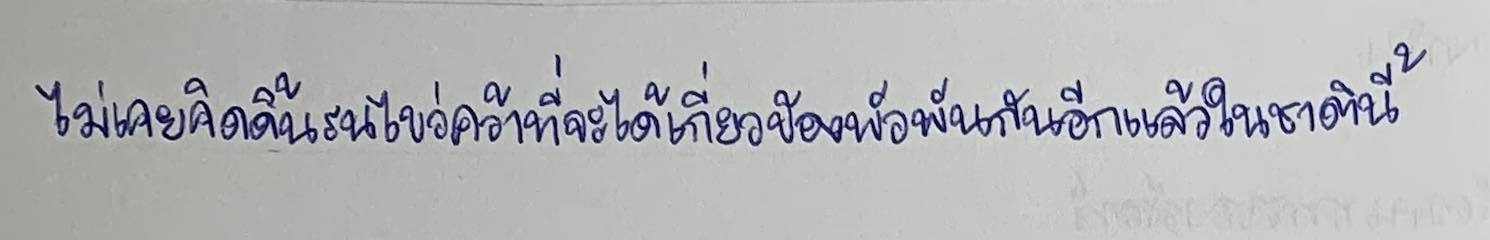
ไม่เคยคิดดิ้นรนไขว่คว้าที่จะได้เกี่ยวข้องพัวพันกันอีกแล้วในชาตินี้